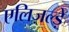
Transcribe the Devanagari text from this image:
एलिज़ल्ड़े